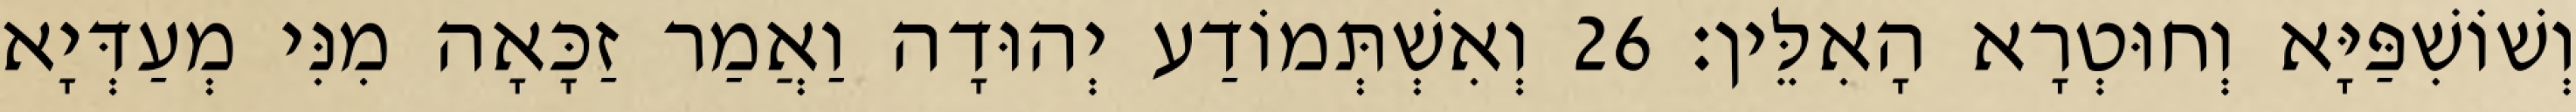
וְשׁוֹשִׁפַּיָּא וְחוּטְרָא הָאִלֵּין׃ 26 וְאִשְׁתְּמוֹדַע יְהוּדָה וַאֲמַר זַכָּאָה מִנִּי מְעַדְּיָא